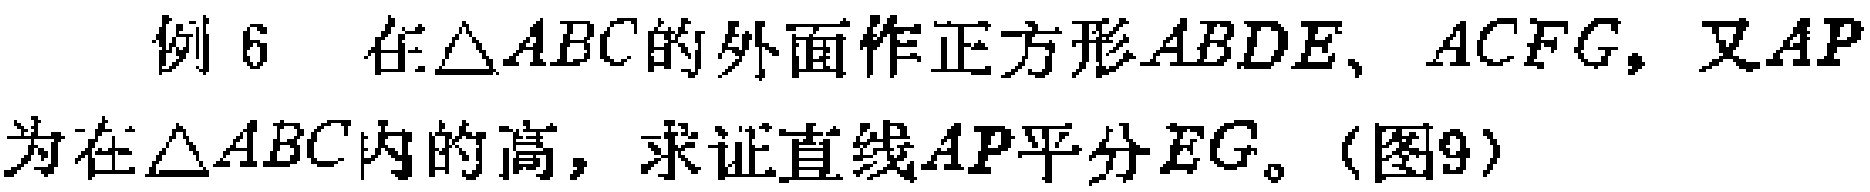
例 6 在$\triangle ABC$的外面作正方形$ABDE$、$ACFG$，又$AP$为在$\triangle ABC$内的高，求证直线$AP$平分$EG$。(图9)